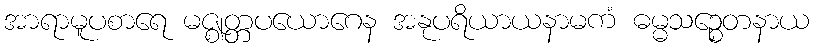
အာရာမူပစာရေ မဇ္ဈတ္တပယောဂေန အနုပရိယာယနာမကံ ဓမ္မသဉ္စေတနာယ